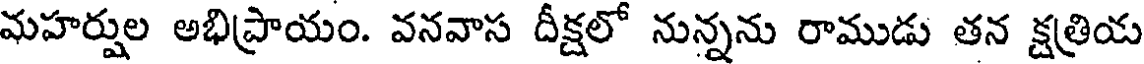
మహర్షుల అభిప్రాయం. వనవాస దీక్షలో నున్నను రాముడు తన క్షత్రియ